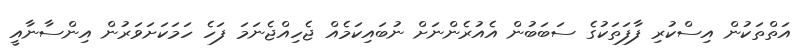
އަތްތަކުން އިސްކުރި ފާފަތަކުގެ ސަބަބުން އެއުރެންނަށް ނުބައިކަމެއް ޖެހިއްޖެނަމަ ފަހެ ހަމަކަށަވަރުން އިންސާނާާއީ